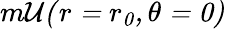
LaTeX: m{\cal{{U}(r=r_{0},\theta=0)}}